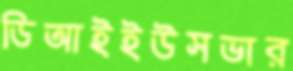
ডিআইইউসভার